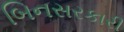
બિનસરકારી